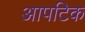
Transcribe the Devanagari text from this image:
आपटिक